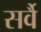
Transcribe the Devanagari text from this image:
सर्वै